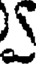
S